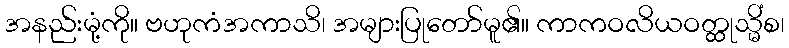
အနည်းမုံ့ကို။ ဗဟုကံအကာသိ၊ အများပြုတော်မူ၏။ ကာကဝလိယဝတ္ထုသ္မိံစ၊